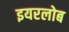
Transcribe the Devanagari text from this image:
इयरलोब